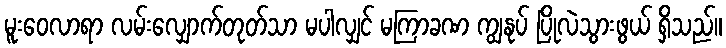
မူးဝေလာရာ လမ်းလျှောက်တုတ်သာ မပါလျှင် မကြာခဏ ကျွနုပ် ပြိုလဲသွားဖွယ် ရှိသည်။